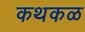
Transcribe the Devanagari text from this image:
कथकळ